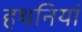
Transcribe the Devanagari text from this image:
हथनियां